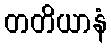
တတိယာနံ